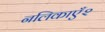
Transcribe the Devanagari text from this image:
नलिकाएँ२